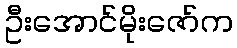
ဦးအောင်မိုးဇော်က